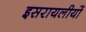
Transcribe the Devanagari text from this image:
इसरायलीयों